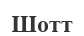
Шотт